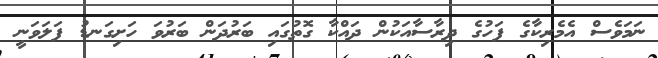
ނަމަވެސް އެމެރިކާގެ ފަހުގެ ދިރާސާއަކުން ދައްކާ ގޮތުގައި ބަރުދަން ބަރުވަ ހަށިގަނޑު ފަލަވަނީ